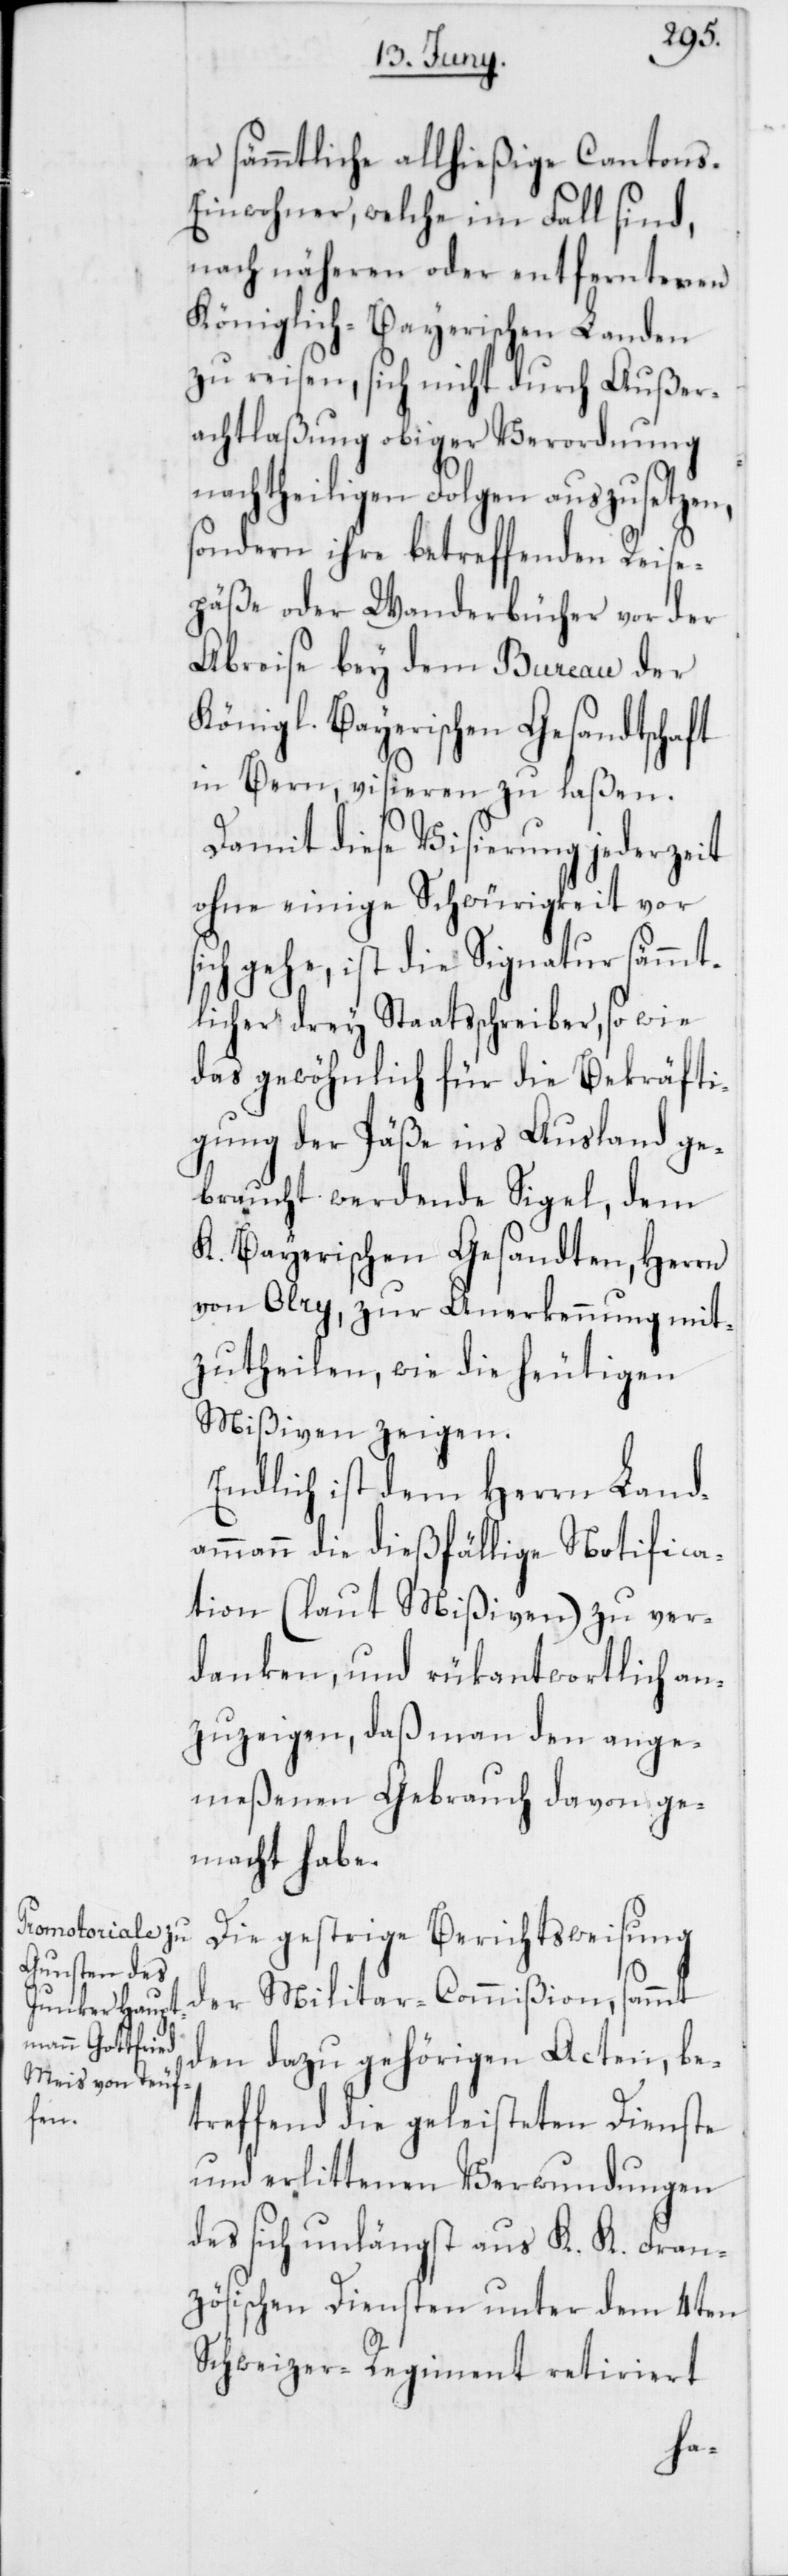
er sämmtliche allhießige Canton¬
s-Einwohner, welche im Fall sind,
nach näheren oder entfernteren
Königlich-Bayerischen Landen
zu reisen, sich nicht durch Außer¬
achtlaßung obiger Verordnung
nachtheiligen Folgen auszusetzen,
sondern ihre betreffenden Reise¬
päße oder Wanderbücher vor der
Abreise bey dem Bureau der
Königl. Bayerischen Gesandtschaft
in Bern, visieren zu laßen.
Damit diese Visierung jederzeit
ohne einige Schwürigkeiten vor
gehe, ist die Signatur sämmt¬
licher drey Staatsschreiber, so wie
das gewöhnlich für die Bekräfti¬
gung der Päße ins Ausland ge¬
braucht werdende Siegel, dem
K. Bayerischen Gesandten, Herrn
von Olry, zur Anerkennung mit¬
zutheilen, wie die heutigen
Mißiven zeigen.
Endlich ist dem Herrn Land¬
ammann die dießfällige Notifica¬
tion (laut Mißiven) zu ver¬
danken, und rükantwortlich an¬
zuzeigen, daß man den ange¬
meßenen Gebrauch davon ge¬
macht habe.
Die gestrige Berichtsweisung
der Militar-Commißion, sammt
den dazu gehörigen Acten, be¬
treffend die geleisteten Dienste
und erlittenen Verwundungen
des sich unlängst aus K. K. Fran¬
zösischen Diensten unter dem 4ten
Schweizer-Regiment retiriert